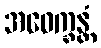
အဝေက္ခန္တံ